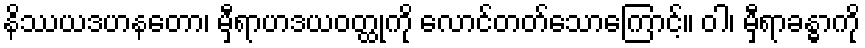
နိဿယဒဟနတော၊ မှီရာဟဒယဝတ္ထုကို လောင်တတ်သောကြောင့်။ ဝါ၊ မှီရာခန္ဓာကို